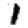
Digit: 1